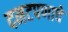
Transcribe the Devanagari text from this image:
दमटपणाचे